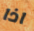
اذا